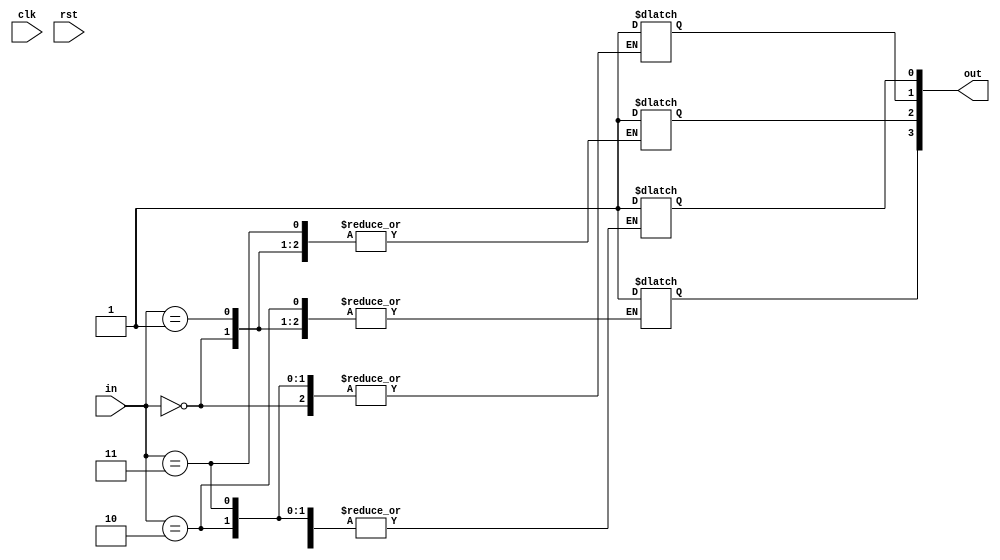
module decoder #(parameter in_size=2)(
    input clk,  // clock
    input rst,  // reset
    input[in_size-1:0] in,
    output[2*in_size-1:0] out
  );
  
  always @* begin
    out[in] = 1;
  end 
endmodule